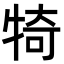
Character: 犄